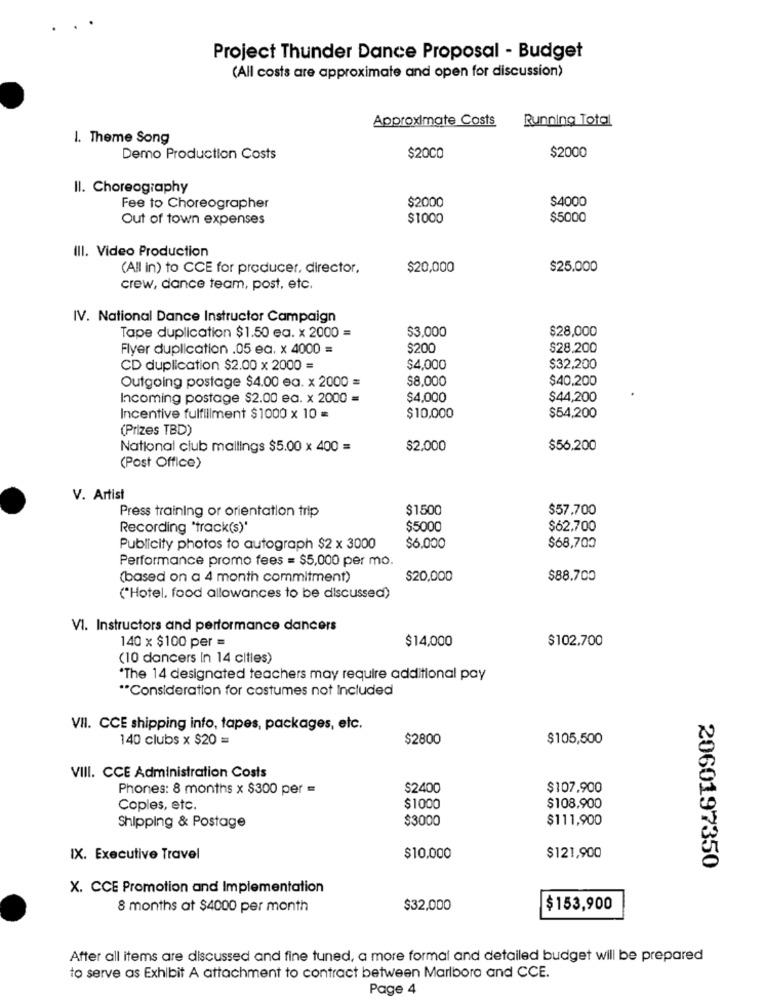
Project Thunder Dance Proposal - Budget
(All costs are approximate and open for discussion)
Approximate Costs
Running Total
I. Theme Song
Demo Production Costs
$20CO
$2000
Il. Choreography
$2000
$4000
Fee to Choreographer
Out of town expenses
$1000
$5000
Ill. Video Production
(All in) to CCE for producer, director,
$20,000
$25.000
crew, dance team, post, etc.
IV. National Dance Instructor Campaign
$3,000
$28,000
Tape duplication $1.50 ea. x 2000 =
Flyer duplication .05 ea. x 4000 =
$200
$28.200
CD duplication $2.00 x 2000 =
$4,000
$32,200
$8,000
$40,200
Outgoing postage $4.00 ea. x 2000 =
Incoming postage $2.00 ea. x 2000 =
$4,000
$44,200
Incentive fulfillment $1000 x 10 =
$10,000
$54,200
(Prizes TBD)
National club mailings $5.00 x 400 =
$2.000
$56,200
(Post Office)
V. Artist
$1500
$57.700
Press training or orientation trip
Recording "track(s)'
$5000
$62,700
Publicity photos to autograph $2 x 3000
$6.000
$68,700
Performance promo fees = $5,000 per mo.
(based on a 4 month commitment)
$20,000
$88.700
("Hotel, food allowances to be discussed)
VI. Instructors and performance dancers
140 x $100 per =
$14,000
$102.700
(10 dancers In 14 cltles)
"The 14 designated teachers may require additional pay
** Consideration for costumes not Included
VII. CCE shipping info, tapes, packages, etc.
140 clubs x $20 =
$2800
$105,500
VIII. CCE Administration Costs
Phones: 8 months x $300 per =
$2400
$107.900
Coples, etc.
$1000
$108,900
$3000
$111,900
Shipping & Postage
IX. Executive Travel
$10,000
$121,900
2060197350
X. CCE Promotion and Implementation
8 months at $4000 per month
$32,000
$153,900
After all items are discussed and fine tuned, a more formal and detailed budget will be prepared
to serve as Exhibit A attachment to contract between Marlboro and CCE.
Page 4